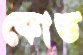
কোড